Annual report of the Punjab Veterinary College and of the Civil Veterinary Department, Punjab - 1894-1908
Year: 1894
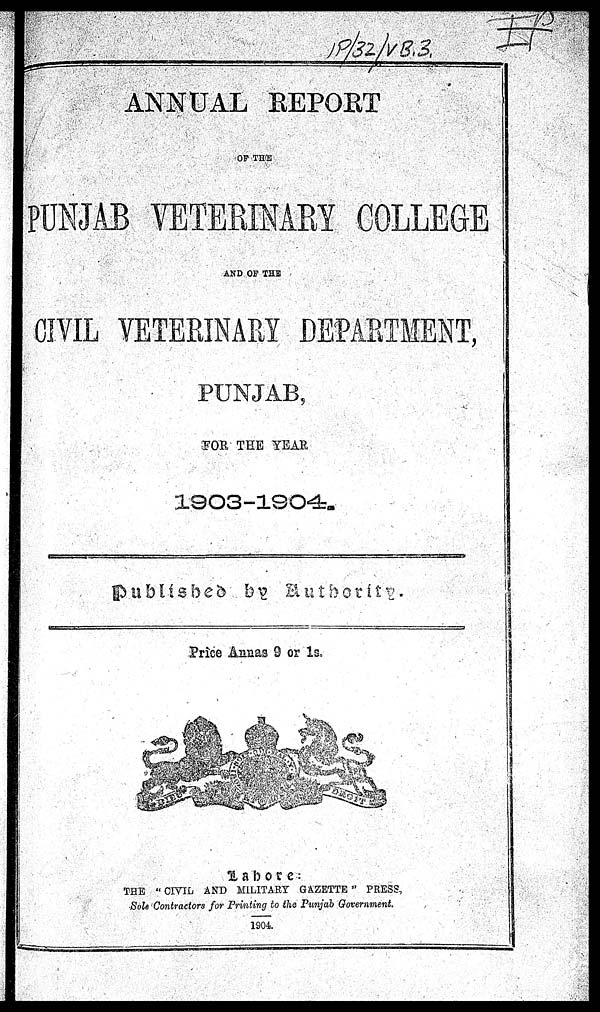
ANNUAL REPORT
OF THE
PUNJAB VETERINARY COLLEGE
AND OF THE
CIVIL VETERINARY DEPARTMENT,
PUNJAB,
FOR THE YEAR
1903-1904.
Published by
Authority.
Price Annas 9 or 1s.
Lahore:
THE "CIVIL AND MILITARY GAZETTE" PRESS,
Sole Contractors for Printing to the Punjab Government.
1904.